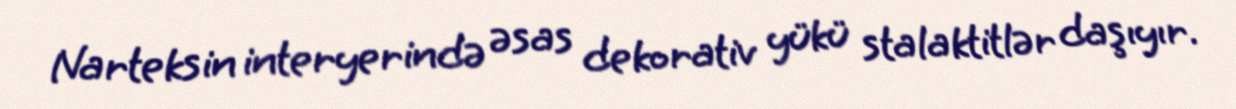
Narteksin interyerində əsas dekorativ yükü stalaktitlər daşıyır.